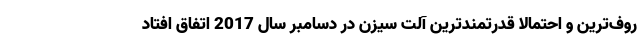
روف‌ترین و احتمالا قدرتمندترین آلت سیزن در دسامبر سال 2017 اتفاق افتاد